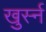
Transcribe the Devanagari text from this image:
खुर्स्न